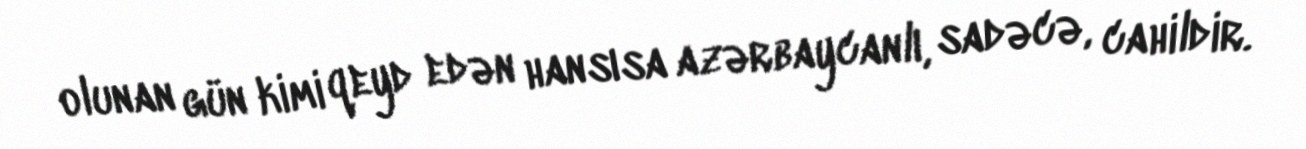
olunan gün kimi qeyd edən hansısa azərbaycanlı, sadəcə, cahildir.